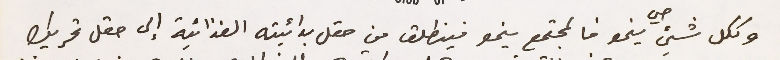
وككل شيئ حي ينمو فالمجتمع ينمو فينطلق من حقل بدائيته الغذانية إلى حقل تحريك